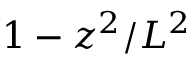
1 - z ^ { 2 } / L ^ { 2 }